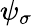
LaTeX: \psi_{\sigma}